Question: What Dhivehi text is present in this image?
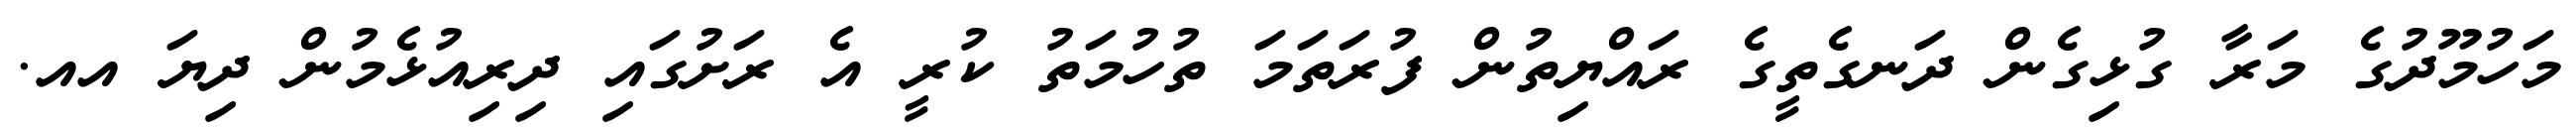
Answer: މަހުމޫދުގެ މަރާ ގުޅިގެން ދަނގެތީގެ ރައްޔިތުން ފުރަތަމަ ތުހުމަތު ކުރީ އެ ރަށުގައި ދިރިއުޅެމުން ދިޔަ އއ.